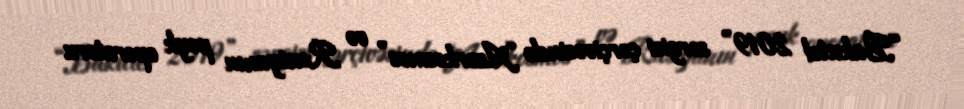
“Bakutel 2019” sərgisi çərçivəsində “Azərkosmos” və Rusiyanın peyk operatoru